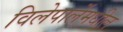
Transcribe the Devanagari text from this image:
विलेपार्लेमधील